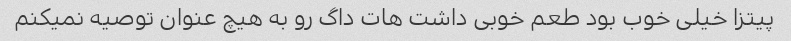
پیتزا خیلی خوب بود طعم خوبی داشت هات داگ رو به هیچ عنوان توصیه نمیکنم